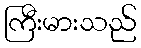
ကြီးမားသည်